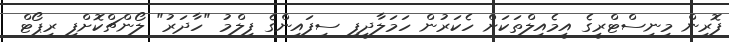
ފޮރިން މިނިސްޓްރީގެ އީމެއިލްތަކަށް ހެކަރުން ހަމަލާދީފި ސިފައިންގެ ފިލްމު "ހާދަރު" ލޯންޗްކޮށްފި ރިޕޯޓް